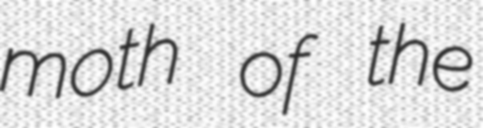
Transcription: moth of the